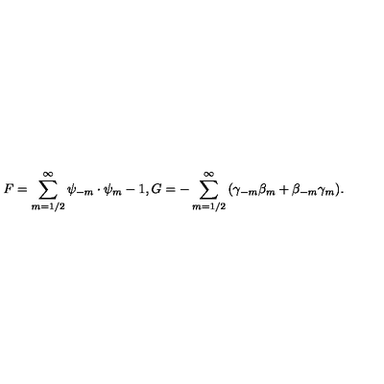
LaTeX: { F } = { \sum _ { m = 1 / 2 } ^ { \infty } \psi _ { - m } \cdot \psi _ { m } } - 1 , { G } = { - \sum _ { m = 1 / 2 } ^ { \infty } \left( \gamma _ { - m } \beta _ { m } + \beta _ { - m } \gamma _ { m } \right) } .